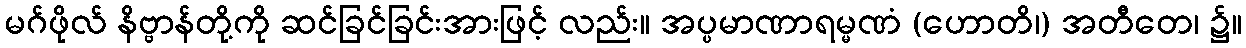
မဂ်ဖိုလ် နိဗ္ဗာန်တို့ကို ဆင်ခြင်ခြင်းအားဖြင့် လည်း။ အပ္ပမာဏာရမ္မဏံ (ဟောတိ၊) အတီတေ၊ ၌။